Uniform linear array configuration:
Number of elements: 48
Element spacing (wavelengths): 0.5
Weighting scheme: hamming
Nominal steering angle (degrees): -60
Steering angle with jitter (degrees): -59.161
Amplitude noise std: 0.05
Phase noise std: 0.05

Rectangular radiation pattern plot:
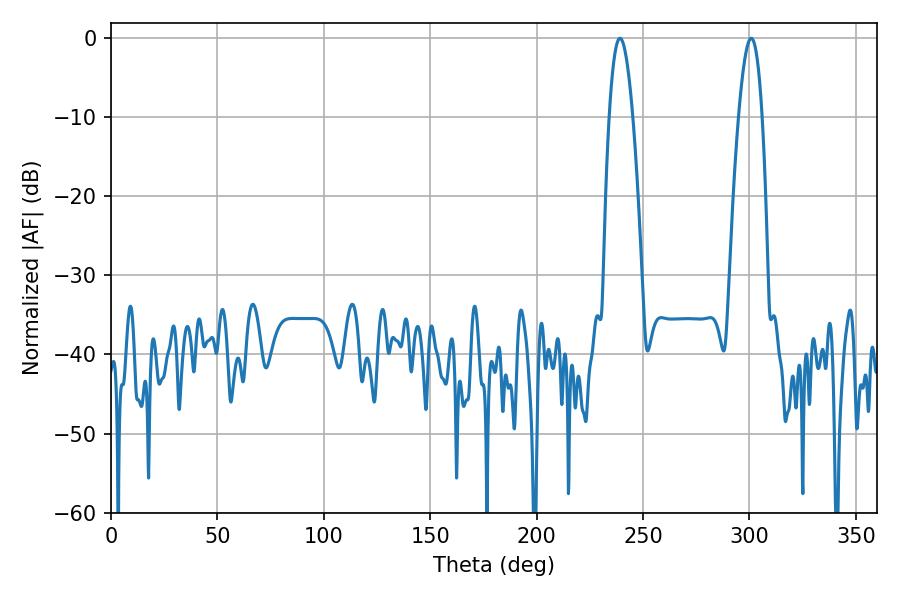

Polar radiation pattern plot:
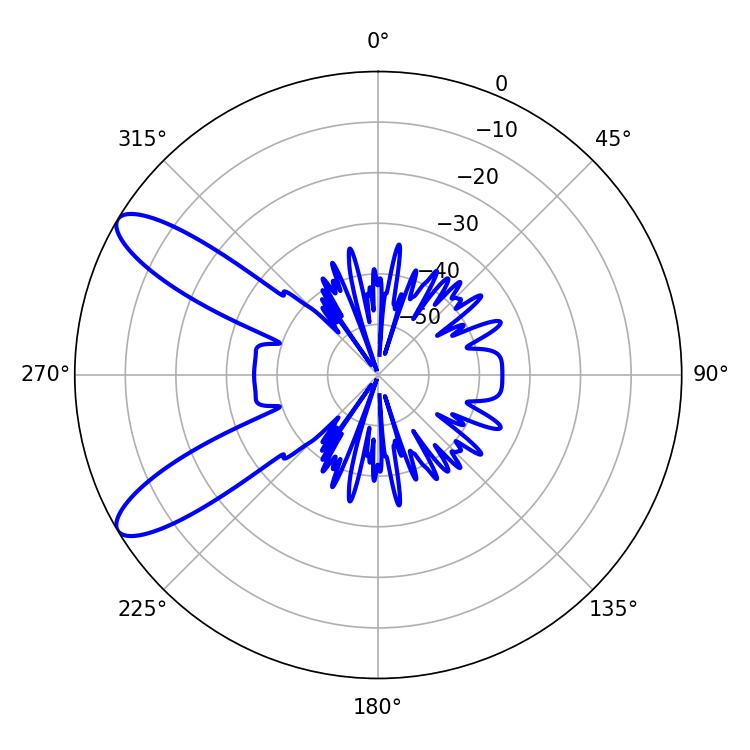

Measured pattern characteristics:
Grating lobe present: FALSE
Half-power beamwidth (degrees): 5.94
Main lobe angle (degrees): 239.22